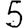
Digit: 5